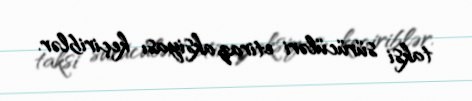
taksi sürücüləri etiraz aksiyası keçiriblər.